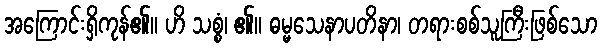
အကြောင်းရှိကုန်၏။ ဟိ သစ္စံ၊ ၏။ ဓမ္မသေနာပတိနာ၊ တရားစစ်သူကြီးဖြစ်သော